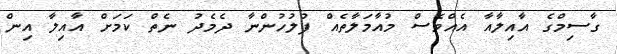
ގާސިމްގެ އާއިލާއާ އެއްވެސް މުއާމަލާތެއް ފުލުހުންނާ ދެމެދު ނެތް ކަމަށް އާއިލާ އިން